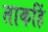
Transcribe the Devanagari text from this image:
ताकहिं